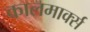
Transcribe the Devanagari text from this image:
कालमार्क्स